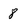
Character: 8